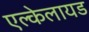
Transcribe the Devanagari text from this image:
एल्केलायड